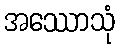
အဿောသုံ